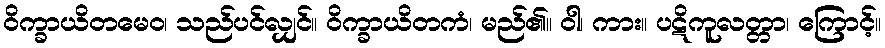
ဝိက္ခာယိတမေဝ၊ သည်ပင်လျှင်။ ဝိက္ခာယိတကံ၊ မည်၏။ ဝါ၊ ကား။ ပဋိကူလတ္တာ၊ ကြောင့်။